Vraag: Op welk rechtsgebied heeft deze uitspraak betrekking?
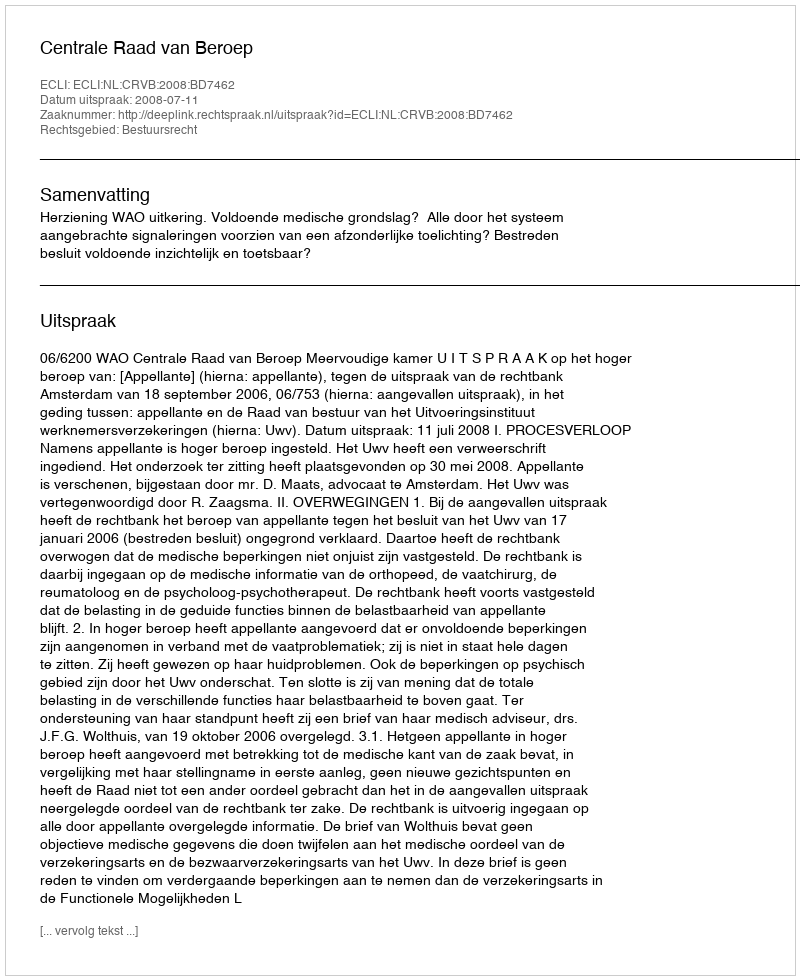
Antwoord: Bestuursrecht